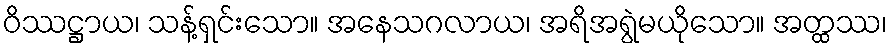
ဝိဿဋ္ဌာယ၊ သန့်ရှင်းသော။ အနေသဂလာယ၊ အရိအရွဲမယိုသော။ အတ္ထဿ၊